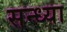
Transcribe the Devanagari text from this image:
सन्‍ध्‍या